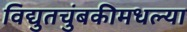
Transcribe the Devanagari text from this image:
विद्युतचुंबकीमधल्या